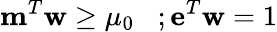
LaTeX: \mathbf{m}^{T}\mathbf{w}\ge\mu_{0}\; \; \; ;\mathbf{e}^{T}\mathbf{w}=1